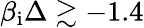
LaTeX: \beta_{\mathrm{i}}\Delta\gtrsim-1.4